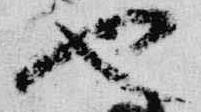
也